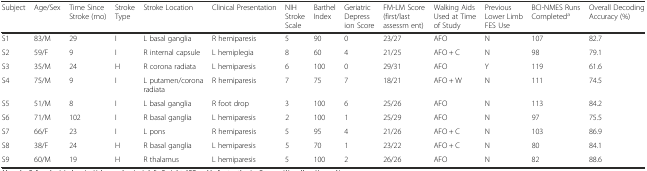
| Subject | Age/Sex | Time Since Stroke (mo) | Stroke Type | Stroke Location | Clinical Presentation | NIH Stroke Scale | Barthel Index | Geriatric Depress ion Score | FM-LM Score (first/last assessm ent) | Walking Aids Used at Time of Study | Previous Lower Limb FES Use | BCI-NMES Runs Completeda | Overall Decoding Accuracy (%) |
 | --- | --- | --- | --- | --- | --- | --- | --- | --- | --- | --- | --- | --- | --- |
 | S1 | 83/M | 29 | I | L basal ganglia | R hemiparesis | 5 | 90 | 0 | 23/27 | AFO | N | 107 | 82.7 |
 | S2 | 59/F | 9 | I | R internal capsule | L hemiplegia | 8 | 60 | 4 | 21/25 | AFO + C | N | 98 | 79.1 |
 | S3 | 35/M | 24 | H | R corona radiata | L hemiparesis | 6 | 100 | 0 | 29/31 | AFO | Y | 119 | 61.6 |
 | S4 | 75/M | 9 | I | L putamen/corona radiata | R hemiparesis | 7 | 75 | 7 | 18/21 | AFO + W | N | 111 | 74.5 |
 | S5 | 51/M | 8 | I | L basal ganglia | R foot drop | 3 | 100 | 6 | 25/26 | AFO | N | 113 | 84.2 |
 | S6 | 71/M | 102 | I | R basal ganglia | L hemiparesis | 2 | 100 | 1 | 25/29 | AFO | N | 97 | 75.5 |
 | S7 | 66/F | 23 | I | L pons | R hemiparesis | 5 | 95 | 4 | 21/26 | AFO + C | N | 103 | 86.9 |
 | S8 | 38/F | 24 | H | R basal ganglia | L hemiparesis | 5 | 70 | 1 | 23/22 | AFO + C | N | 80 | 84.1 |
 | S9 | 60/M | 19 | H | R thalamus | L hemiparesis | 5 | 100 | 2 | 26/26 | AFO | N | 82 | 88.6 |